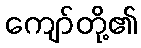
ကျော်တို့၏